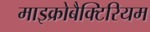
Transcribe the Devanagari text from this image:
माइक्रोबैक्टिरियम